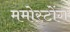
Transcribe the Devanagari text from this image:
ममोस्टोंग